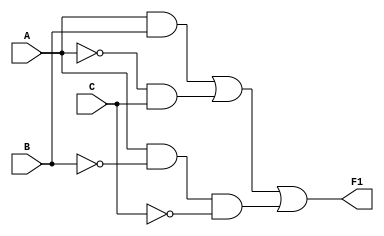
`timescale 1ns / 1ps
//////////////////////////////////////////////////////////////////////////////////
// Company: 
// Engineer: 
// 
// Design Name: 
// Module Name: circuit1
// Project Name: 
// Target Devices: 
// Tool Versions: 
// Description: 
// 
// Dependencies: 
// 
// Revision:
// Revision 0.01 - File Created
// Additional Comments:
// 
//////////////////////////////////////////////////////////////////////////////////


module circuit1(
    input A,
    input B,
    input C,
    output F1
    );
    assign F1 = (A&B)|(~A&C)|(A&~B&~C);
endmodule